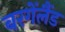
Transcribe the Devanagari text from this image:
बरगेंलैंड